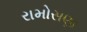
રામોસણા